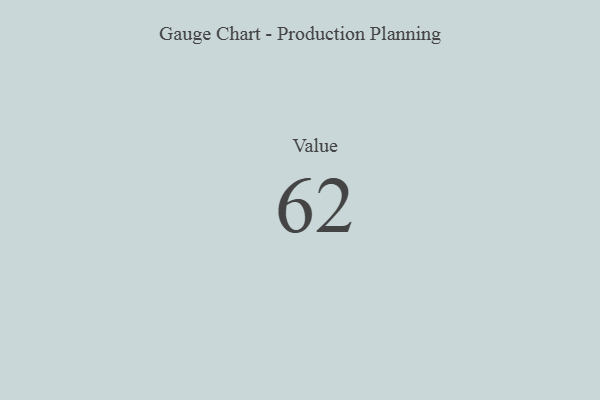
{"axis": {"x": "Metric", "y": "Value"}, "legend": [""], "data": [{"x": "Value", "y": 62, "type": ""}]}